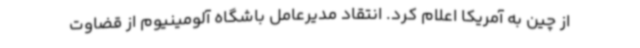
از چین به آمریکا اعلام کرد. انتقاد مدیرعامل باشگاه آلومینیوم از قضاوت